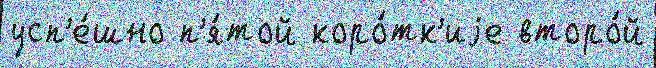
усп'е́шно п'я́той коро́тк'иjе второ́й